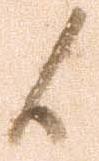
候